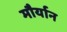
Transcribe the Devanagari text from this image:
मौर्यान